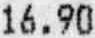
16.90